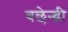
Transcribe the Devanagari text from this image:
बछेन्द्री